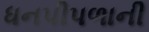
ધનપીપળાની